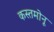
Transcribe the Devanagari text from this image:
कस्तमोनू